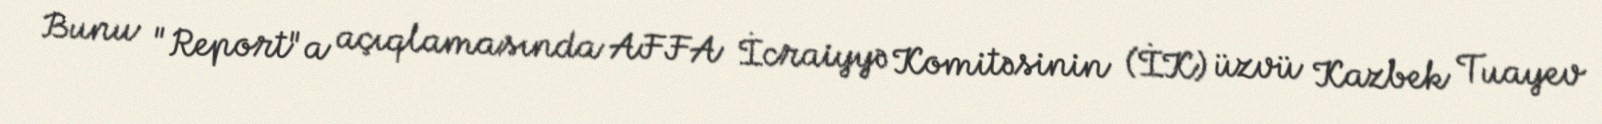
Bunu "Report"a açıqlamasında AFFA İcraiyyə Komitəsinin (İK) üzvü Kazbek Tuayev